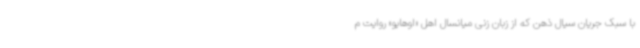
با سبک جریان سیال ذهن که از زبان زنی میانسال اهل «اوهایو» روایت م